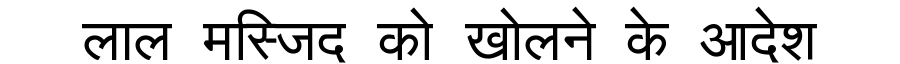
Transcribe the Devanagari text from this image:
लाल मस्जिद को खोलने के आदेश